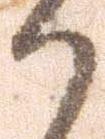
か